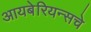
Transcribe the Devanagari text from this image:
आयबेरियन्सचे